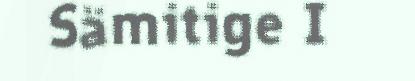
Sämitige I